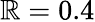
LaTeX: \mathbb{R}=0.4